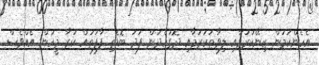
އެހެންކަމުން ޒިނޭކުރުމާއި ލިވާޠުކުރުމާއި ދޮގުހެދުން ފަދަ ބޮޑެތި ފާފަތައް ކުރާ މީހުން އެއްވެސް